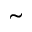
\tilde { }